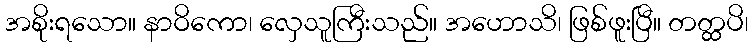
အစိုးရသော။ နာဝိကော၊ လှေသူကြီးသည်။ အဟောသိ၊ ဖြစ်ဖူးပြီ။ တတ္ထပိ၊